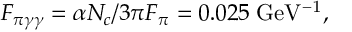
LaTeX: F _ { \pi \gamma \gamma } = \alpha N _ { c } / 3 \pi F _ { \pi } = 0 . 0 2 5 \; \mathrm { G e V ^ { - 1 } } ,